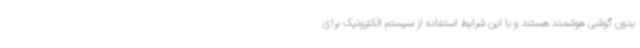
بدون گوشی هوشمند هستند و با این شرایط استفاده از سیستم الکترونیک برای